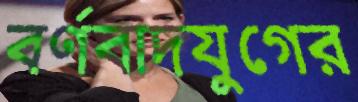
বর্ণবাদযুগের